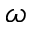
\omega